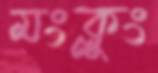
মংক্লুং